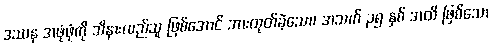
ဒဿန အဖုံဖုံကို သိနားလည်သူ ဖြစ်အောင် အားထုတ်ခဲ့သော၊ အသက် ၃၅ နှစ် အထိ ဖြစ်သော